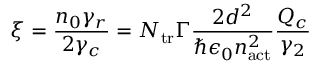
\xi = \frac { n _ { 0 } \gamma _ { r } } { 2 \gamma _ { c } } = N _ { \mathrm { t r } } \Gamma \frac { 2 d ^ { 2 } } { \hbar \epsilon _ { 0 } n _ { \mathrm { a c t } } ^ { 2 } } \frac { Q _ { c } } { \gamma _ { 2 } }